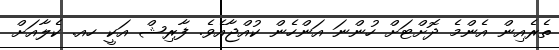
ތެރެއިން އެންމެ ދޮށްޓަށް ހުންނަ އަންހެން ކުއްޖާއެވެ. ފާރިޝް އަކީ ހއ. ކެލާއަށް